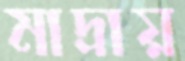
মাদ্রায়